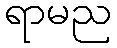
ရာမည